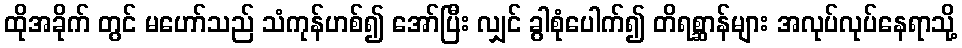
ထိုအခိုက် တွင် မဟော်သည် သံကုန်ဟစ်၍ အော်ပြီး လျှင် ခွါစုံပေါက်၍ တိရစ္ဆာန်များ အလုပ်လုပ်နေရာသို့